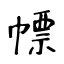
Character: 幖